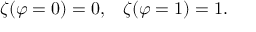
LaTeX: \zeta ( \varphi = 0 ) = 0 , \; \; \; \zeta ( \varphi = 1 ) = 1 .